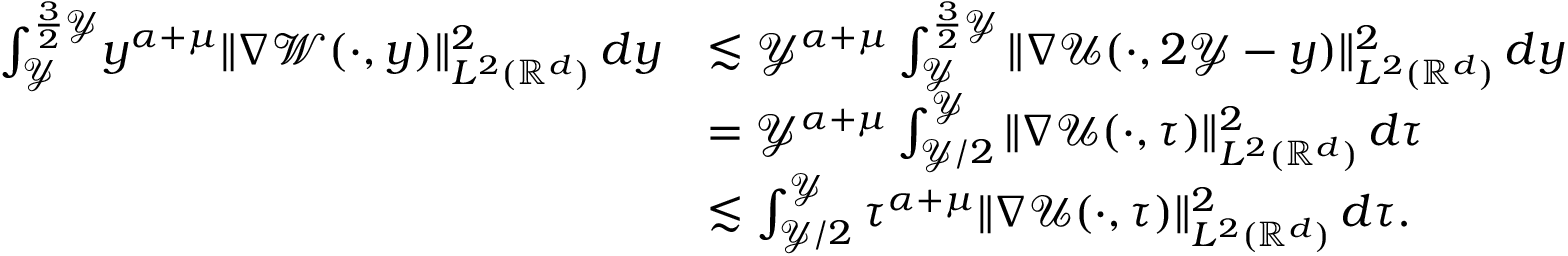
\begin{array} { r l } { \int _ { \mathcal { Y } } ^ { \frac { 3 } { 2 } \mathcal { Y } } { \! y ^ { \alpha + \mu } \| \nabla \mathcal { W } ( \cdot , y ) \| _ { L ^ { 2 } ( \mathbb { R } ^ { d } ) } ^ { 2 } \, d y } } & { \lesssim \mathcal { Y } ^ { \alpha + \mu } \int _ { \mathcal { Y } } ^ { \frac { 3 } { 2 } \mathcal { Y } } { \| \nabla \mathcal { U } ( \cdot , 2 \mathcal { Y } - y ) \| _ { L ^ { 2 } ( \mathbb { R } ^ { d } ) } ^ { 2 } \, d y } } \\ & { = \mathcal { Y } ^ { \alpha + \mu } \int _ { \mathcal { Y } / 2 } ^ { \mathcal { Y } } { \| \nabla \mathcal { U } ( \cdot , \tau ) \| _ { L ^ { 2 } ( \mathbb { R } ^ { d } ) } ^ { 2 } \, d \tau } } \\ & { \lesssim \int _ { \mathcal { Y } / 2 } ^ { \mathcal { Y } } { \tau ^ { \alpha + \mu } \| \nabla \mathcal { U } ( \cdot , \tau ) \| _ { L ^ { 2 } ( \mathbb { R } ^ { d } ) } ^ { 2 } \, d \tau } . } \end{array}